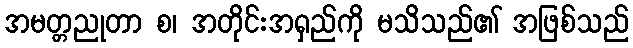
အမတ္တညုတာ စ၊ အတိုင်းအရှည်ကို မသိသည်၏ အဖြစ်သည်